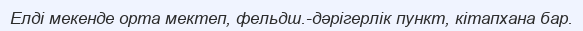
Елді мекенде орта мектеп, фельдш.-дәрігерлік пункт, кітапхана бар.